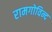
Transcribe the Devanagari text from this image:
रामगोविन्द